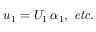
u _ { 1 } = U _ { 1 } \, \alpha _ { 1 } , { \it \ e t c . }